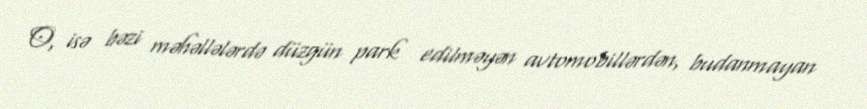
O, isə bəzi məhəllələrdə düzgün park edilməyən avtomobillərdən, budanmayan